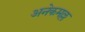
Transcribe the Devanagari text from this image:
अनेकमल्ल